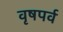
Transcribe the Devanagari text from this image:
वृषपर्व